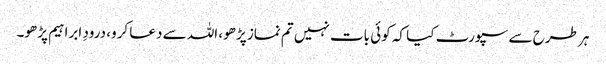
ہر طرح سے سپورٹ کیا کہ کوئی بات نہیں تم نماز پڑھو، اللہ سے دعا کرو، درودِ ابراہیم پڑھو۔